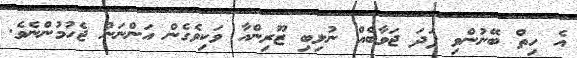
އެ ހިތް ބޭނުންވި ފަދަ ޖަވާބެއް ނުލިބި ޒޫރިންއާ ވަކިވެގެން އަންނަން ޖެހުމުންނެވެ.